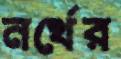
নর্থের